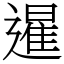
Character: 暹